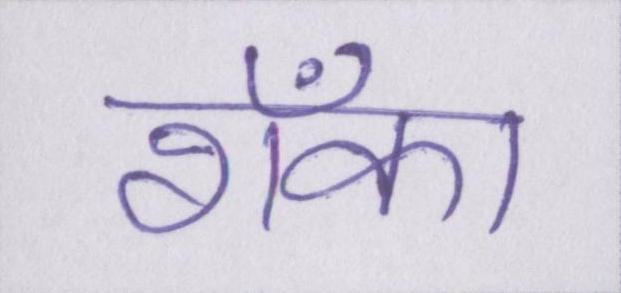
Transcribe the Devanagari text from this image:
शँका